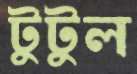
টুটুল